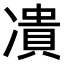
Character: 𭂟